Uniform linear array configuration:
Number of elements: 32
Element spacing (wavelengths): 0.75
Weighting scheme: hann
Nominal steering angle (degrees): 30
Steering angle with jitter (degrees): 28.112
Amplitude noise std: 0.05
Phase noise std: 0.05

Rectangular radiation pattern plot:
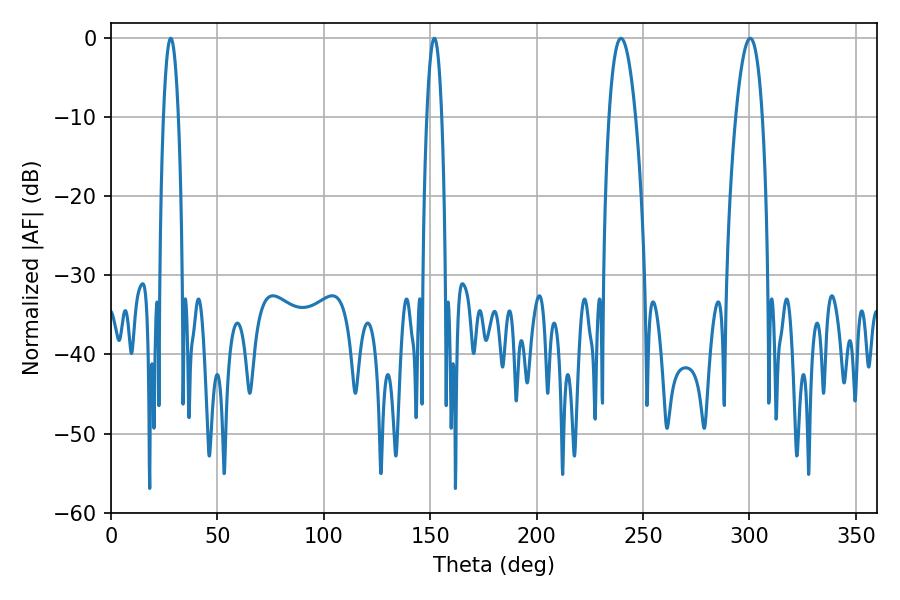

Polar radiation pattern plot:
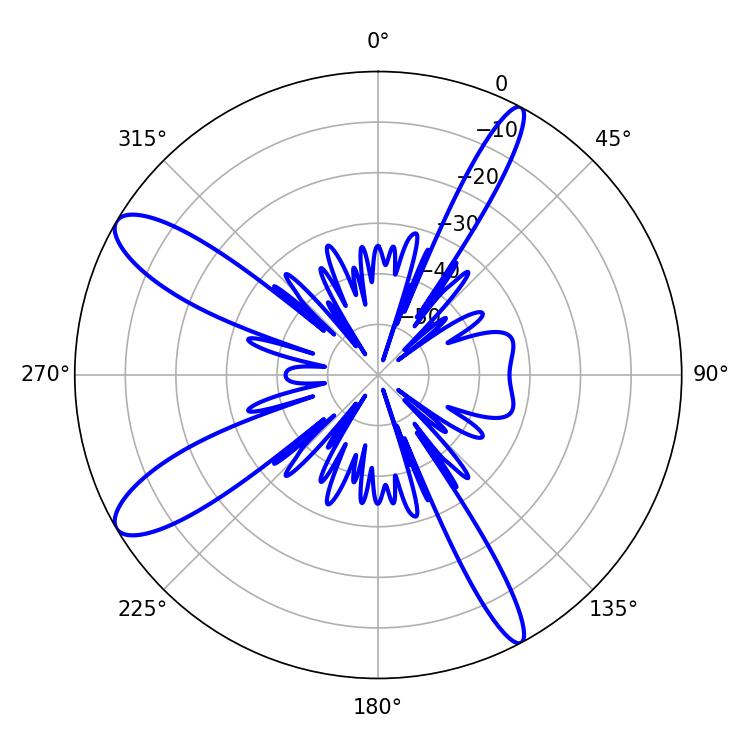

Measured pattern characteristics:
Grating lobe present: TRUE
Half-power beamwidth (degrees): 3.96
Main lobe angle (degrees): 28.08